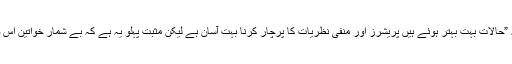
ورکنگ ویمن کو کام کی جگہ مشکلات کا ذکر کرتے ہوئے رابعہ رزاق کہتی ہیں کہ ”حالات بہت بہتر ہوئے ہیں پریشرز اور منفی نظریات کا پرچار کرنا بہت آسان ہے لیکن مثبت پہلو یہ ہے کہ بے شمار خواتین اس وقت کام کررہی ہیں، شاید کوئی ہی شعبہ زندگی ایسا بچا ہو جہاں عورت نہ پہنچی ہو۔